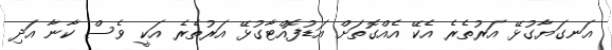
އަނގަޔާގުޅޭ އަރުތެރެ އެކޭ އެއްގޮތަށް އަޑުފޮއްޓާގުޅޭ އަރުތެރެ އަކީ ވެސް ކާނާ އަދި